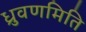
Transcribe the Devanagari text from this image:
ध्रुवणमिति